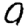
Digit: 9